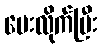
ပေးလိုက်ပြီး